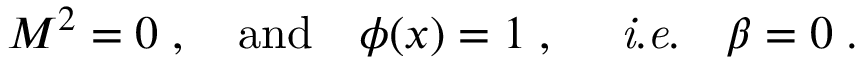
M ^ { 2 } = 0 \; , \quad \mathrm { a n d } \quad \phi ( x ) = 1 \; , \quad \mathrm { { \it ~ i . e . } } \quad \beta = 0 \; .